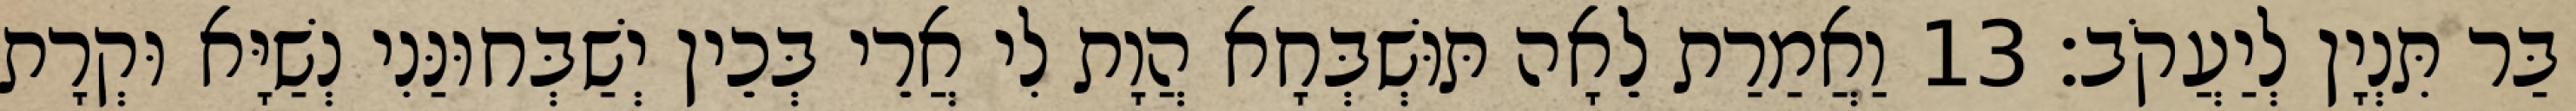
בַּר תִּנְיָן לְיַעֲקֹב׃ 13 וַאֲמַרַת לֵאָה תּוּשְׁבְּחָא הֲוָת לִי אֲרֵי בְּכֵין יְשַׁבְּחוּנַּנִי נְשַׁיָּא וּקְרָת